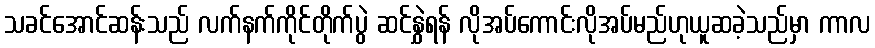
သခင်အောင်ဆန်းသည် လက်နက်ကိုင်တိုက်ပွဲ ဆင်နွှဲရန် လိုအပ်ကောင်းလိုအပ်မည်ဟုယူဆခဲ့သည်မှာ ကာလ